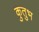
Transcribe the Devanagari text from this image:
कुतुभ